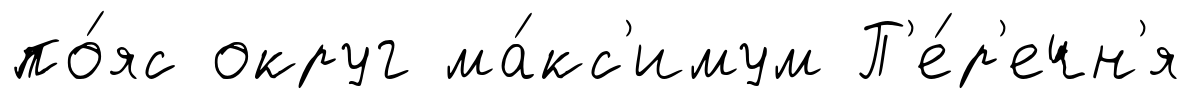
по́яс округ ма́кс'имум П'е́р'ечн'я